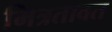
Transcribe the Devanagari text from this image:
मित्रतावत